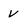
Character: v